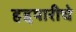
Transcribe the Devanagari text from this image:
हद्दपारीचे